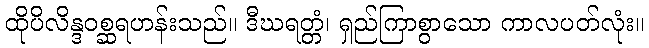
ထိုပိလိန္ဒဝစ္ဆရဟန်းသည်။ ဒီဃရတ္တံ၊ ရှည်ကြာစွာသော ကာလပတ်လုံး။